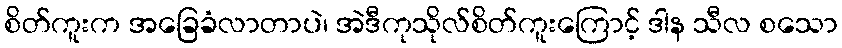
စိတ်ကူးက အခြေခံလာတာပဲ၊ အဲဒီကုသိုလ်စိတ်ကူးကြောင့် ဒါန သီလ စသော